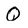
Character: Q